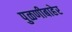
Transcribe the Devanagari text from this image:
पुळणीबाहेर